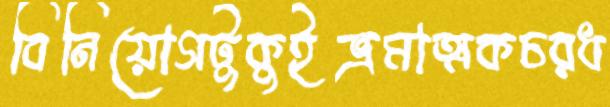
বিনিয়োগটুকুইভ্রমাত্মকচরধ